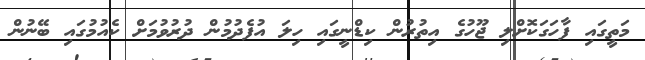
މަތީގައި ފާހަގަކޮށްލި ޖޫހުގެ އިތުރުން ކިޑްނީގައި ހިލަ އުފެދުމުން ދުރުވުމަށް ކެއުމުގައި ބޭނުން